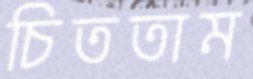
চিততাম